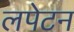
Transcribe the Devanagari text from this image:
लपेटन